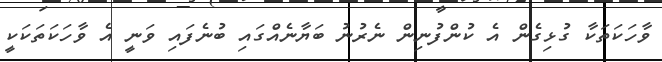
ވާހަކަތަކާ ގުޅިގެން އެ ކުންފުނިން ނެރުނު ބަޔާނެއްގައި ބުނެފައި ވަނީ އެ ވާހަކަތަކަކީ